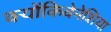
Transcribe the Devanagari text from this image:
क्योंकिवेनेशिया